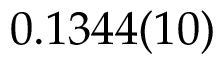
0 . 1 3 4 4 ( 1 0 )